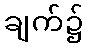
ချက်၌